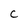
Character: C